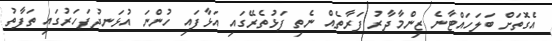
އެގޮތަށް ބަލަހައްޓާނެ ޒިންމާދާރު ފަރާތެއް ނެތި ފަޅުތެރޭގައި އަޅާފައި ހުންނަ އުޅަނދުފަހަރުގައި ތަފާތު